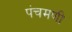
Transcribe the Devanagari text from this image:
पंचमणी